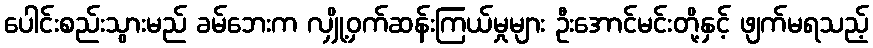
ပေါင်းစည်းသွားမည် ခမ်ဘေးက လျှို့ဝှက်ဆန်းကြယ်မှုများ ဦးအောင်မင်းတို့နှင့် ဖျက်မရသည့်